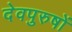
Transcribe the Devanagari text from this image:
देवपुरुषों